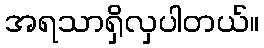
အရသာရှိလှပါတယ်။